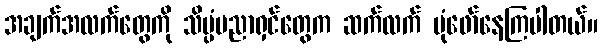
အချက်အလက်တွေကို သိပ္ပံပညာရှင်တွေက ဆက်လက် ပုံဖော်နေကြပါတယ်။